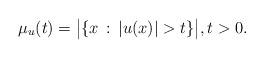
LaTeX: \begin{align*}\mu_u(t)=\big|\{x\, :\, |u(x)|>t\}\big|,t>0.\end{align*}